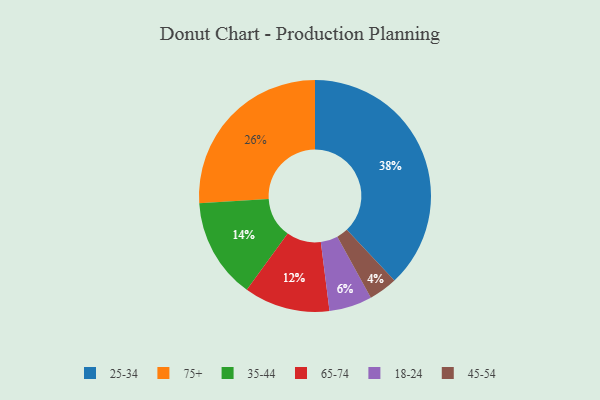
{"axis": {"x": "Category", "y": "Percentage"}, "legend": ["18-24", "25-34", "35-44", "45-54", "65-74", "75+"], "data": [{"x": "65-74", "y": 12, "type": "65-74"}, {"x": "18-24", "y": 6, "type": "18-24"}, {"x": "35-44", "y": 14, "type": "35-44"}, {"x": "45-54", "y": 4, "type": "45-54"}, {"x": "75+", "y": 26, "type": "75+"}, {"x": "25-34", "y": 38, "type": "25-34"}]}